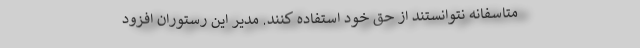
متاسفانه نتوانستند از حق خود استفاده کنند. مدیر این رستوران افزود